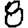
Digit: 8